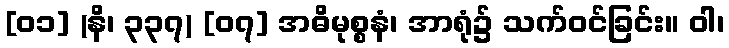
[၀၁] (နိ၊ ၃၃၇) [၀၇] အဓိမုစ္စနံ၊ အာရုံ၌ သက်ဝင်ခြင်း။ ဝါ၊